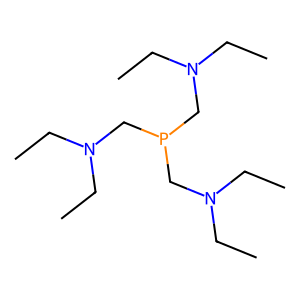
SMILES: CCN(CC)CP(CN(CC)CC)CN(CC)CC
Inhibits HIV replication: No